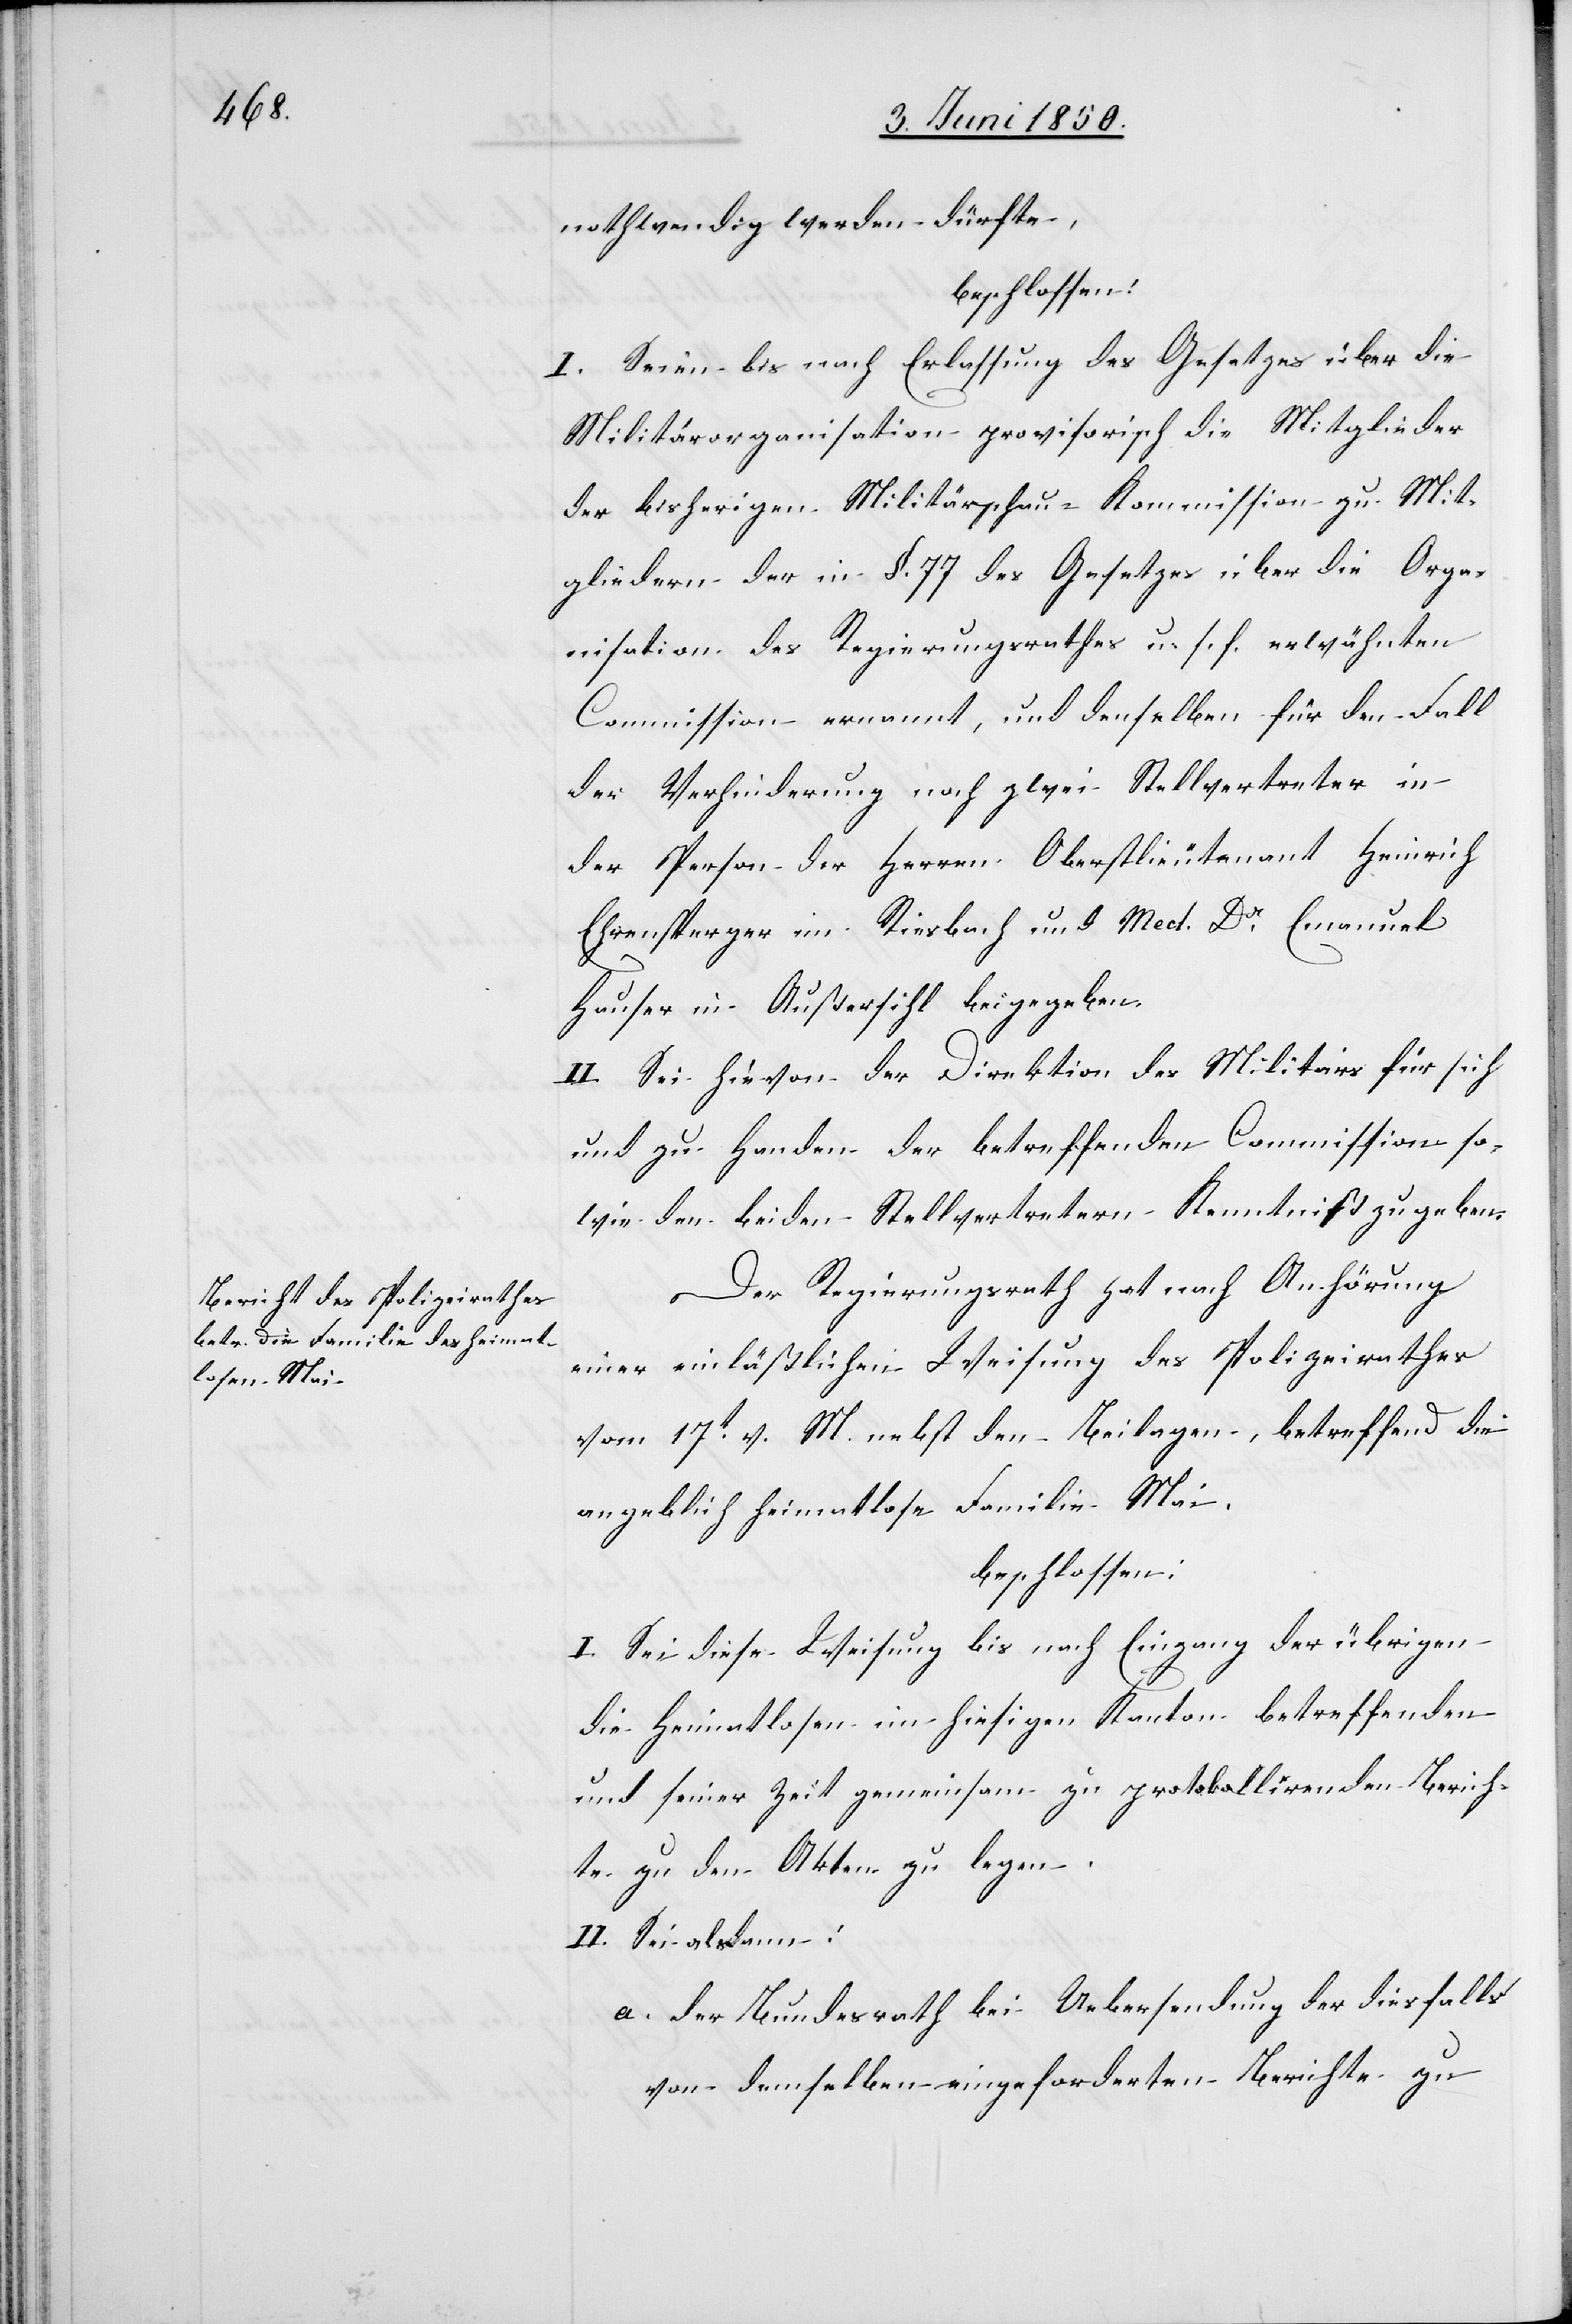
nothwendig werden dürfte,
beschlossen:
I. Seien bis nach Erlassung des Gesetzes über die
Militärorganisation provisorisch die Mitglieder
der bisherigen Militärschau-Kommission zu Mit¬
gliedern der in §. 77 des Gesetzes über die Orga¬
nisation des Regierungsrathes u. s. f. erwähnten
Commission ernannt, und denselben für den Fall
der Verhinderung noch zwei Stellvertreter in
der Person der Herren Oberstlieutenant Heinrich
Ehrensperger im Riesbach und Med. Dr Emanuel
Hauser in Außersihl beigegeben.
II. Sei hievon der Direktion des Militärs für sich
und zu Handen der betreffenden Commission so¬
wie den beiden Stellvertretern Kenntniß zu geben.
Der Regierungsrath hat nach Anhörung
einer einläßlichen Weisung des Polizeirathes
vom 17t v. M. nebst den Beilagen, betreffend die
angeblich heimatlose Familie Mai.
beschlossen:
I. Sei diese Weisung bis nach Eingang der übrigen
die Heimatlosen im hiesigen Kanton betreffenden
und seiner Zeit gemeinsam zu protokollirenden Berich¬
te zu den Akten zu legen.
II. Sei alsdann:
a. der Bundesrath bei Uebersendung der diesfalls
von demselben eingeforderten Berichte zu